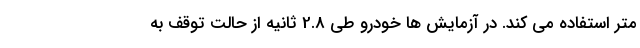
متر استفاده می کند. در آزمایش ها خودرو طی 2.8 ثانیه از حالت توقف به